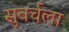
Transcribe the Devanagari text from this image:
सुवर्चला